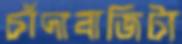
চাঁদাবাজিটা